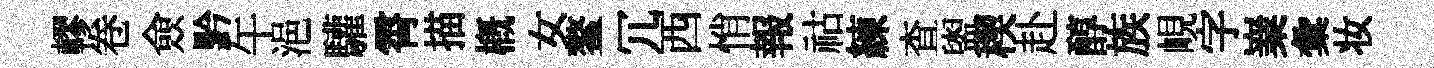
轇卷僉黔午浥驩霄描概女鳌冗西悄報祜練查盥稧赴醇族峴字嶪彙妆